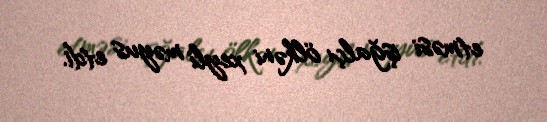
etməsi işğalçı ölkəni xeyli məyus etdi.